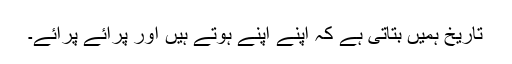
تاریخ ہمیں بتاتی ہے کہ اپنے اپنے ہوتے ہیں اور پرائے پرائے۔